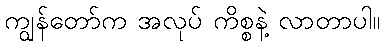
ကျွန်တော်က အလုပ် ကိစ္စနဲ့ လာတာပါ။